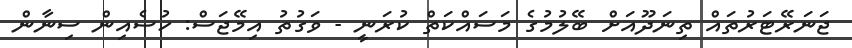
ޖަނަރޭޓަރުތައް ތިނަދޫއަށް ބޭލުމުގެ މަސައްކަތް ކުރަނީ - ވަގުތު އިމޭޖަސް: ހުސެއިން ސިނާން